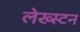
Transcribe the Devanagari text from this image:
लेख्स्टन